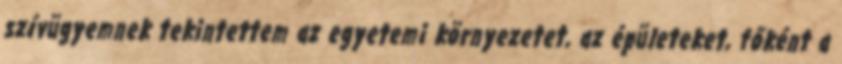
szívügyemnek tekintettem az egyetemi környezetet, az épületeket, főként a